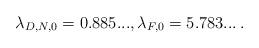
LaTeX: \begin{align*}\lambda_{D,N,0} = 0.885..., \lambda_{F,0} = 5.783...\, .\end{align*}